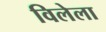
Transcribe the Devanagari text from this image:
विलेला